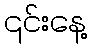
၎င်းနေ့